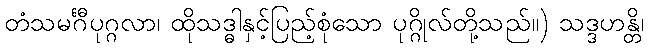
တံသမင်္ဂီပုဂ္ဂလာ၊ ထိုသဒ္ဓါနှင့်ပြည့်စုံသော ပုဂ္ဂိုလ်တို့သည်။) သဒ္ဒဟန္တိ၊